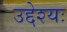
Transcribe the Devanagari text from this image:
उद्देश्यः